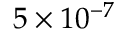
5 \times 1 0 ^ { - 7 }